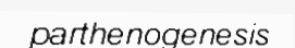
parthenogenesis